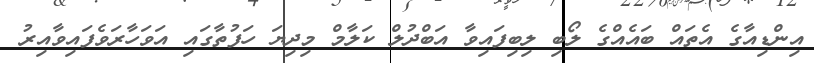
އިންޑިއާގެ އެތައް ބައެއްގެ ލޯބި ލިބިފައިވާ އަބްދުލް ކަލާމް މިދިޔަ ހަފުތާގައި އަވަހާރަވެފައިވާއިރު